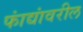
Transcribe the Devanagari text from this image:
फांद्यांवरील